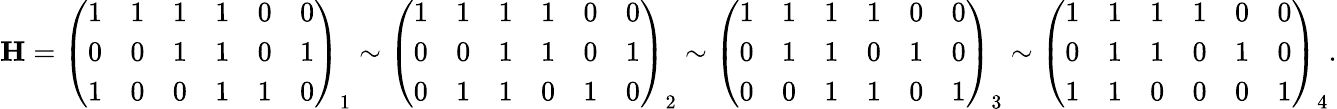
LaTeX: \mathbf{H}={\left(\begin{array}{llllll}{1}&{1}&{1}&{1}&{0}&{0}\\ {0}&{0}&{1}&{1}&{0}&{1}\\ {1}&{0}&{0}&{1}&{1}&{0}\end{array}\right)}_{1}\sim{\left(\begin{array}{llllll}{1}&{1}&{1}&{1}&{0}&{0}\\ {0}&{0}&{1}&{1}&{0}&{1}\\ {0}&{1}&{1}&{0}&{1}&{0}\end{array}\right)}_{2}\sim{\left(\begin{array}{llllll}{1}&{1}&{1}&{1}&{0}&{0}\\ {0}&{1}&{1}&{0}&{1}&{0}\\ {0}&{0}&{1}&{1}&{0}&{1}\end{array}\right)}_{3}\sim{\left(\begin{array}{llllll}{1}&{1}&{1}&{1}&{0}&{0}\\ {0}&{1}&{1}&{0}&{1}&{0}\\ {1}&{1}&{0}&{0}&{0}&{1}\end{array}\right)}_{4}.